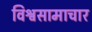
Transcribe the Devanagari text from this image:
विश्वसामाचार